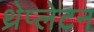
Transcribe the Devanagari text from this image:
थ्रेप्लेटन